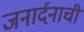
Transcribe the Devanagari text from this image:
जनार्दनाची